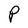
Character: P